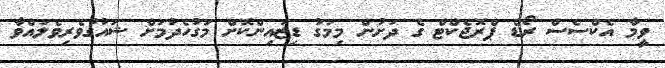
ވީމާ އެކްސެސް ރޯޑް ޕްރޮޖެކްޓް ގެ ދަށުން މިމަގު ޑިޒައިންކޮށް މަގުހެދުމަށް ޝައުގުވެރިވެލައްވާ